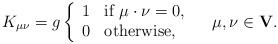
LaTeX: \begin{align*}K_{\mu \nu}=g\left\{\begin{array}{ll} 1 & \mbox{if}\ \mu\cdot\nu=0,\\0 & \mbox{otherwise},\end{array}\right.\quad \mu,\nu\in{\bf V}.\end{align*}